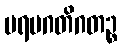
ပရမဂတိဂတဉ္စ